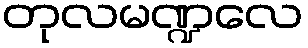
တုလမဏ္ဍလေ